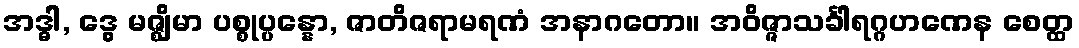
အဒ္ဓါ, ဒွေ မဇ္ဈိမာ ပစ္စုပ္ပန္နော, ဇာတိဇရာမရဏံ အနာဂတော။ အဝိဇ္ဇာသင်္ခါရဂ္ဂဟဏေန စေတ္ထ